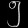
Digit: ၅